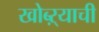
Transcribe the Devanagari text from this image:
खोब्ऱ्याची